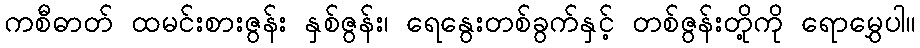
ကစီဓာတ် ထမင်းစားဇွန်း နှစ်ဇွန်း၊ ရေနွေးတစ်ခွက်နှင့် တစ်ဇွန်းတို့ကို ရောမွှေပါ။